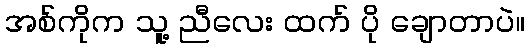
အစ်ကိုက သူ့ ညီလေး ထက် ပို ချောတာပဲ။